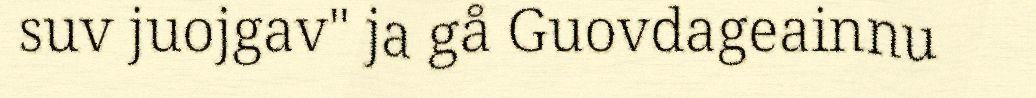
suv juojgav" ja gå Guovdageainnu